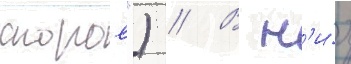
споров") // В н'и́х